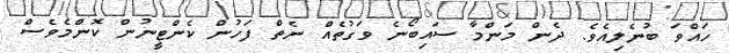
ހައްވަ ބުނެލިއެވެ. ދެން މަންމާ ސައިބޯނެ ވަގުތެއް ނެތް ފަހުން ކެންޓީނުން ކޮންމެވެސް